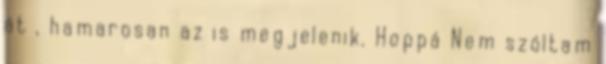
át , hamarosan az is megjelenik. Hoppá Nem szóltam